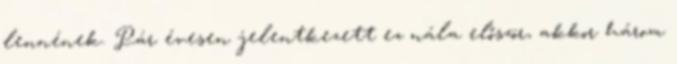
lennének. Pár évesen jelentkezett ez nála először, akkor három